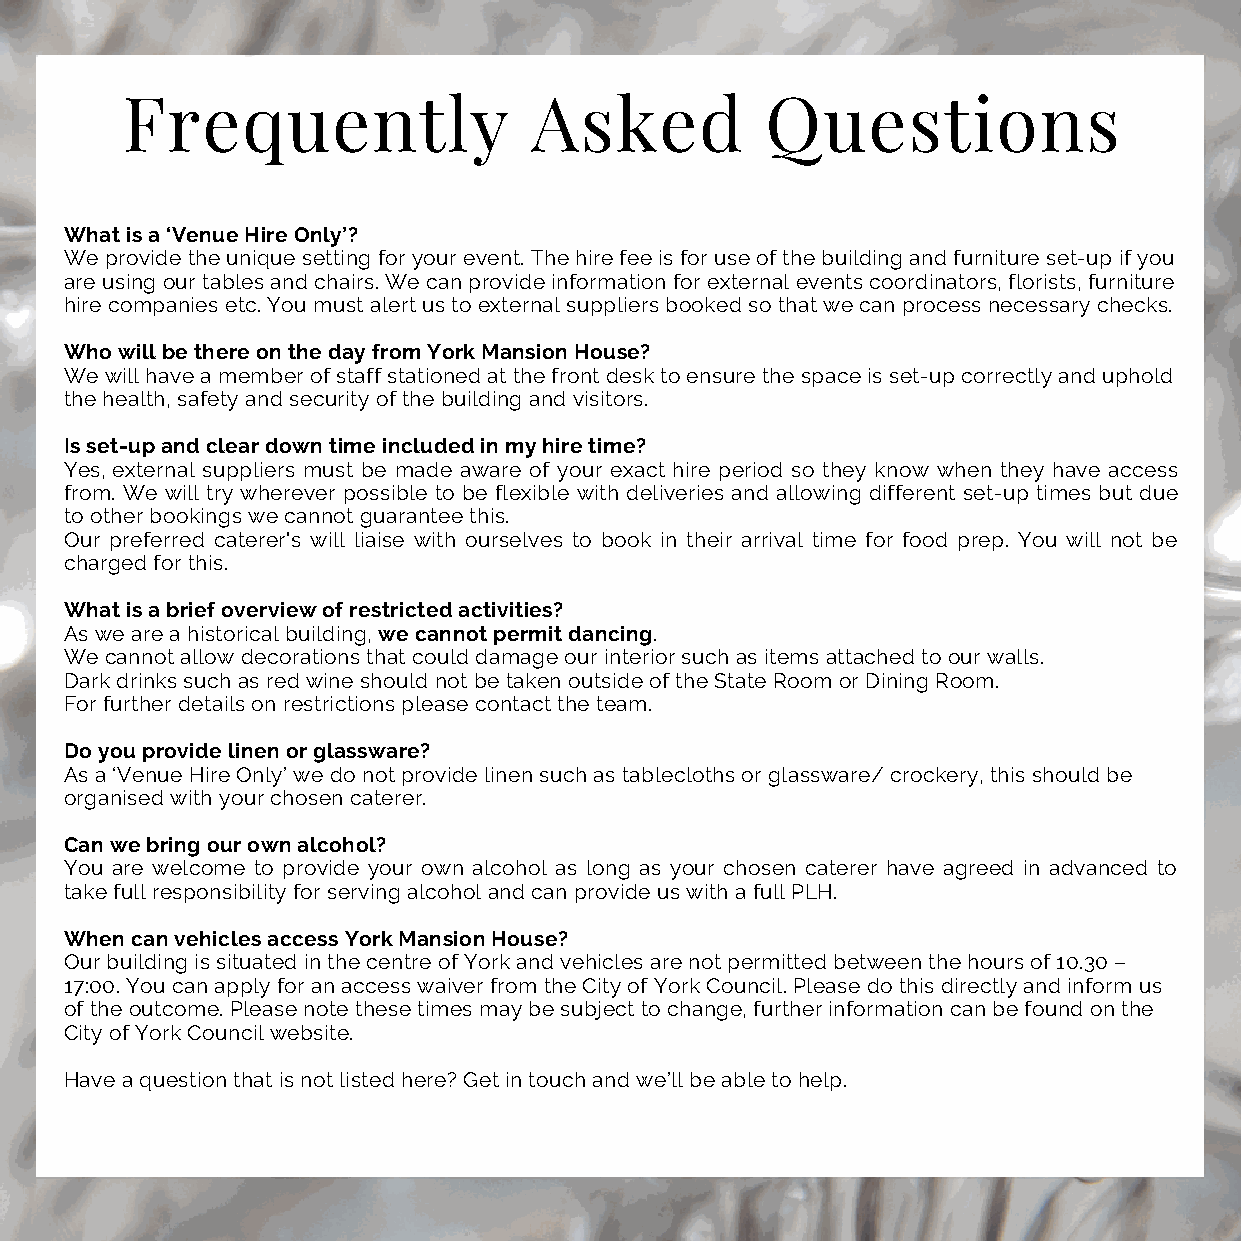
Frequently                 Asked           Questions
 What is a ‘Venue Hire Only’?
 We provide the unique setting for your event. The hire fee is for use of the building and furniture set-up if you
 are using our tables and chairs. We can provide information for external events coordinators, florists, furniture
 hire companies etc. You must alert us to external suppliers booked so that we can process necessary checks.
 Who will be there on the day from York Mansion House?
 We will have a member of staff stationed at the front desk to ensure the space is set-up correctly and uphold
 the health, safety and security of the building and visitors.
 Is set-up and clear down time included in my hire time?
 Yes, external suppliers must be made aware of your exact hire period so they know when they have access
 from. We will try wherever possible to be flexible with deliveries and allowing different set-up times but due
 to other bookings we cannot guarantee this.
 Our preferred caterer's will liaise with ourselves to book in their arrival time for food prep. You will not be
 charged for this.
 What is a brief overview of restricted activities?
 As we are a historical building, we cannot permit dancing.
 We cannot allow decorations that could damage our interior such as items attached to our walls.
 Dark drinks such as red wine should not be taken outside of the State Room or Dining Room.
 For further details on restrictions please contact the team.
 Do you provide linen or glassware?
 As a ‘Venue Hire Only’ we do not provide linen such as tablecloths or glassware/ crockery, this should be
 organised with your chosen caterer.
 Can we bring our own alcohol?
 You are welcome to provide your own alcohol as long as your chosen caterer have agreed in advanced to
 take full responsibility for serving alcohol and can provide us with a full PLH.
 When can vehicles access York Mansion House?
 Our building is situated in the centre of York and vehicles are not permitted between the hours of 10.30 –
 17:00. You can apply for an access waiver from the City of York Council. Please do this directly and inform us
 of the outcome. Please note these times may be subject to change, further information can be found on the
 City of York Council website.
 Have a question that is not listed here? Get in touch and we’ll be able to help.